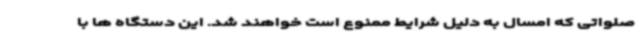
صلواتی که امسال به دلیل شرایط ممنوع است خواهند شد. این دستگاه ها با